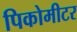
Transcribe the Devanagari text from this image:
पिकोमीटर